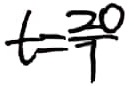
t = \frac { 2 0 } { 7 }